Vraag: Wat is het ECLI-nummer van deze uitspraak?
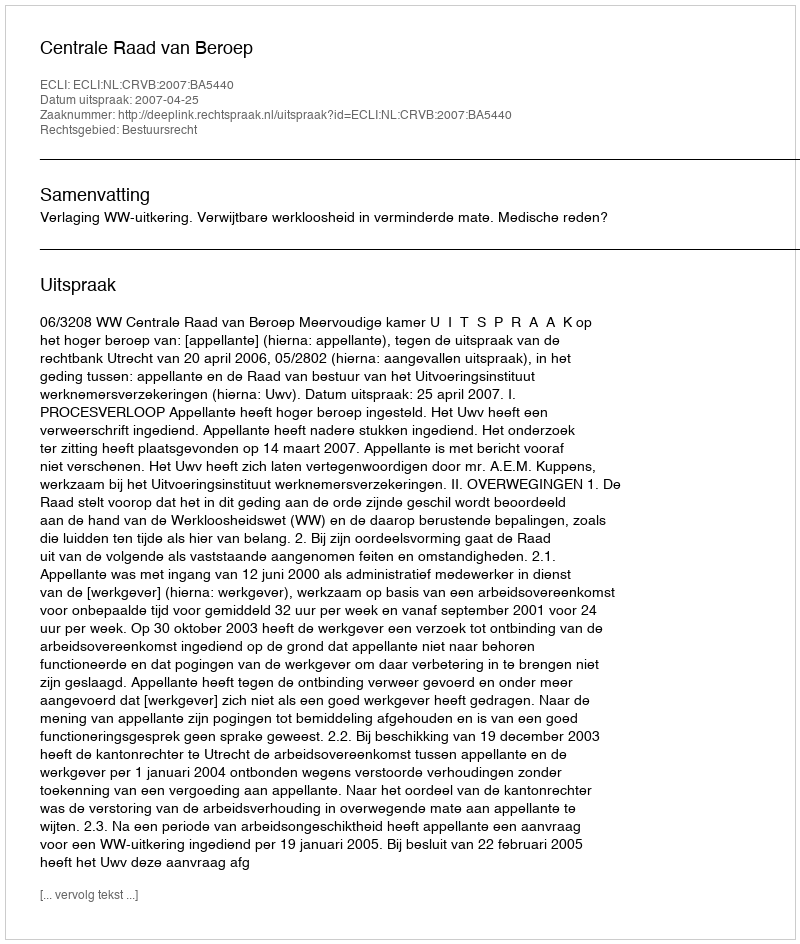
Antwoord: ECLI:NL:CRVB:2007:BA5440